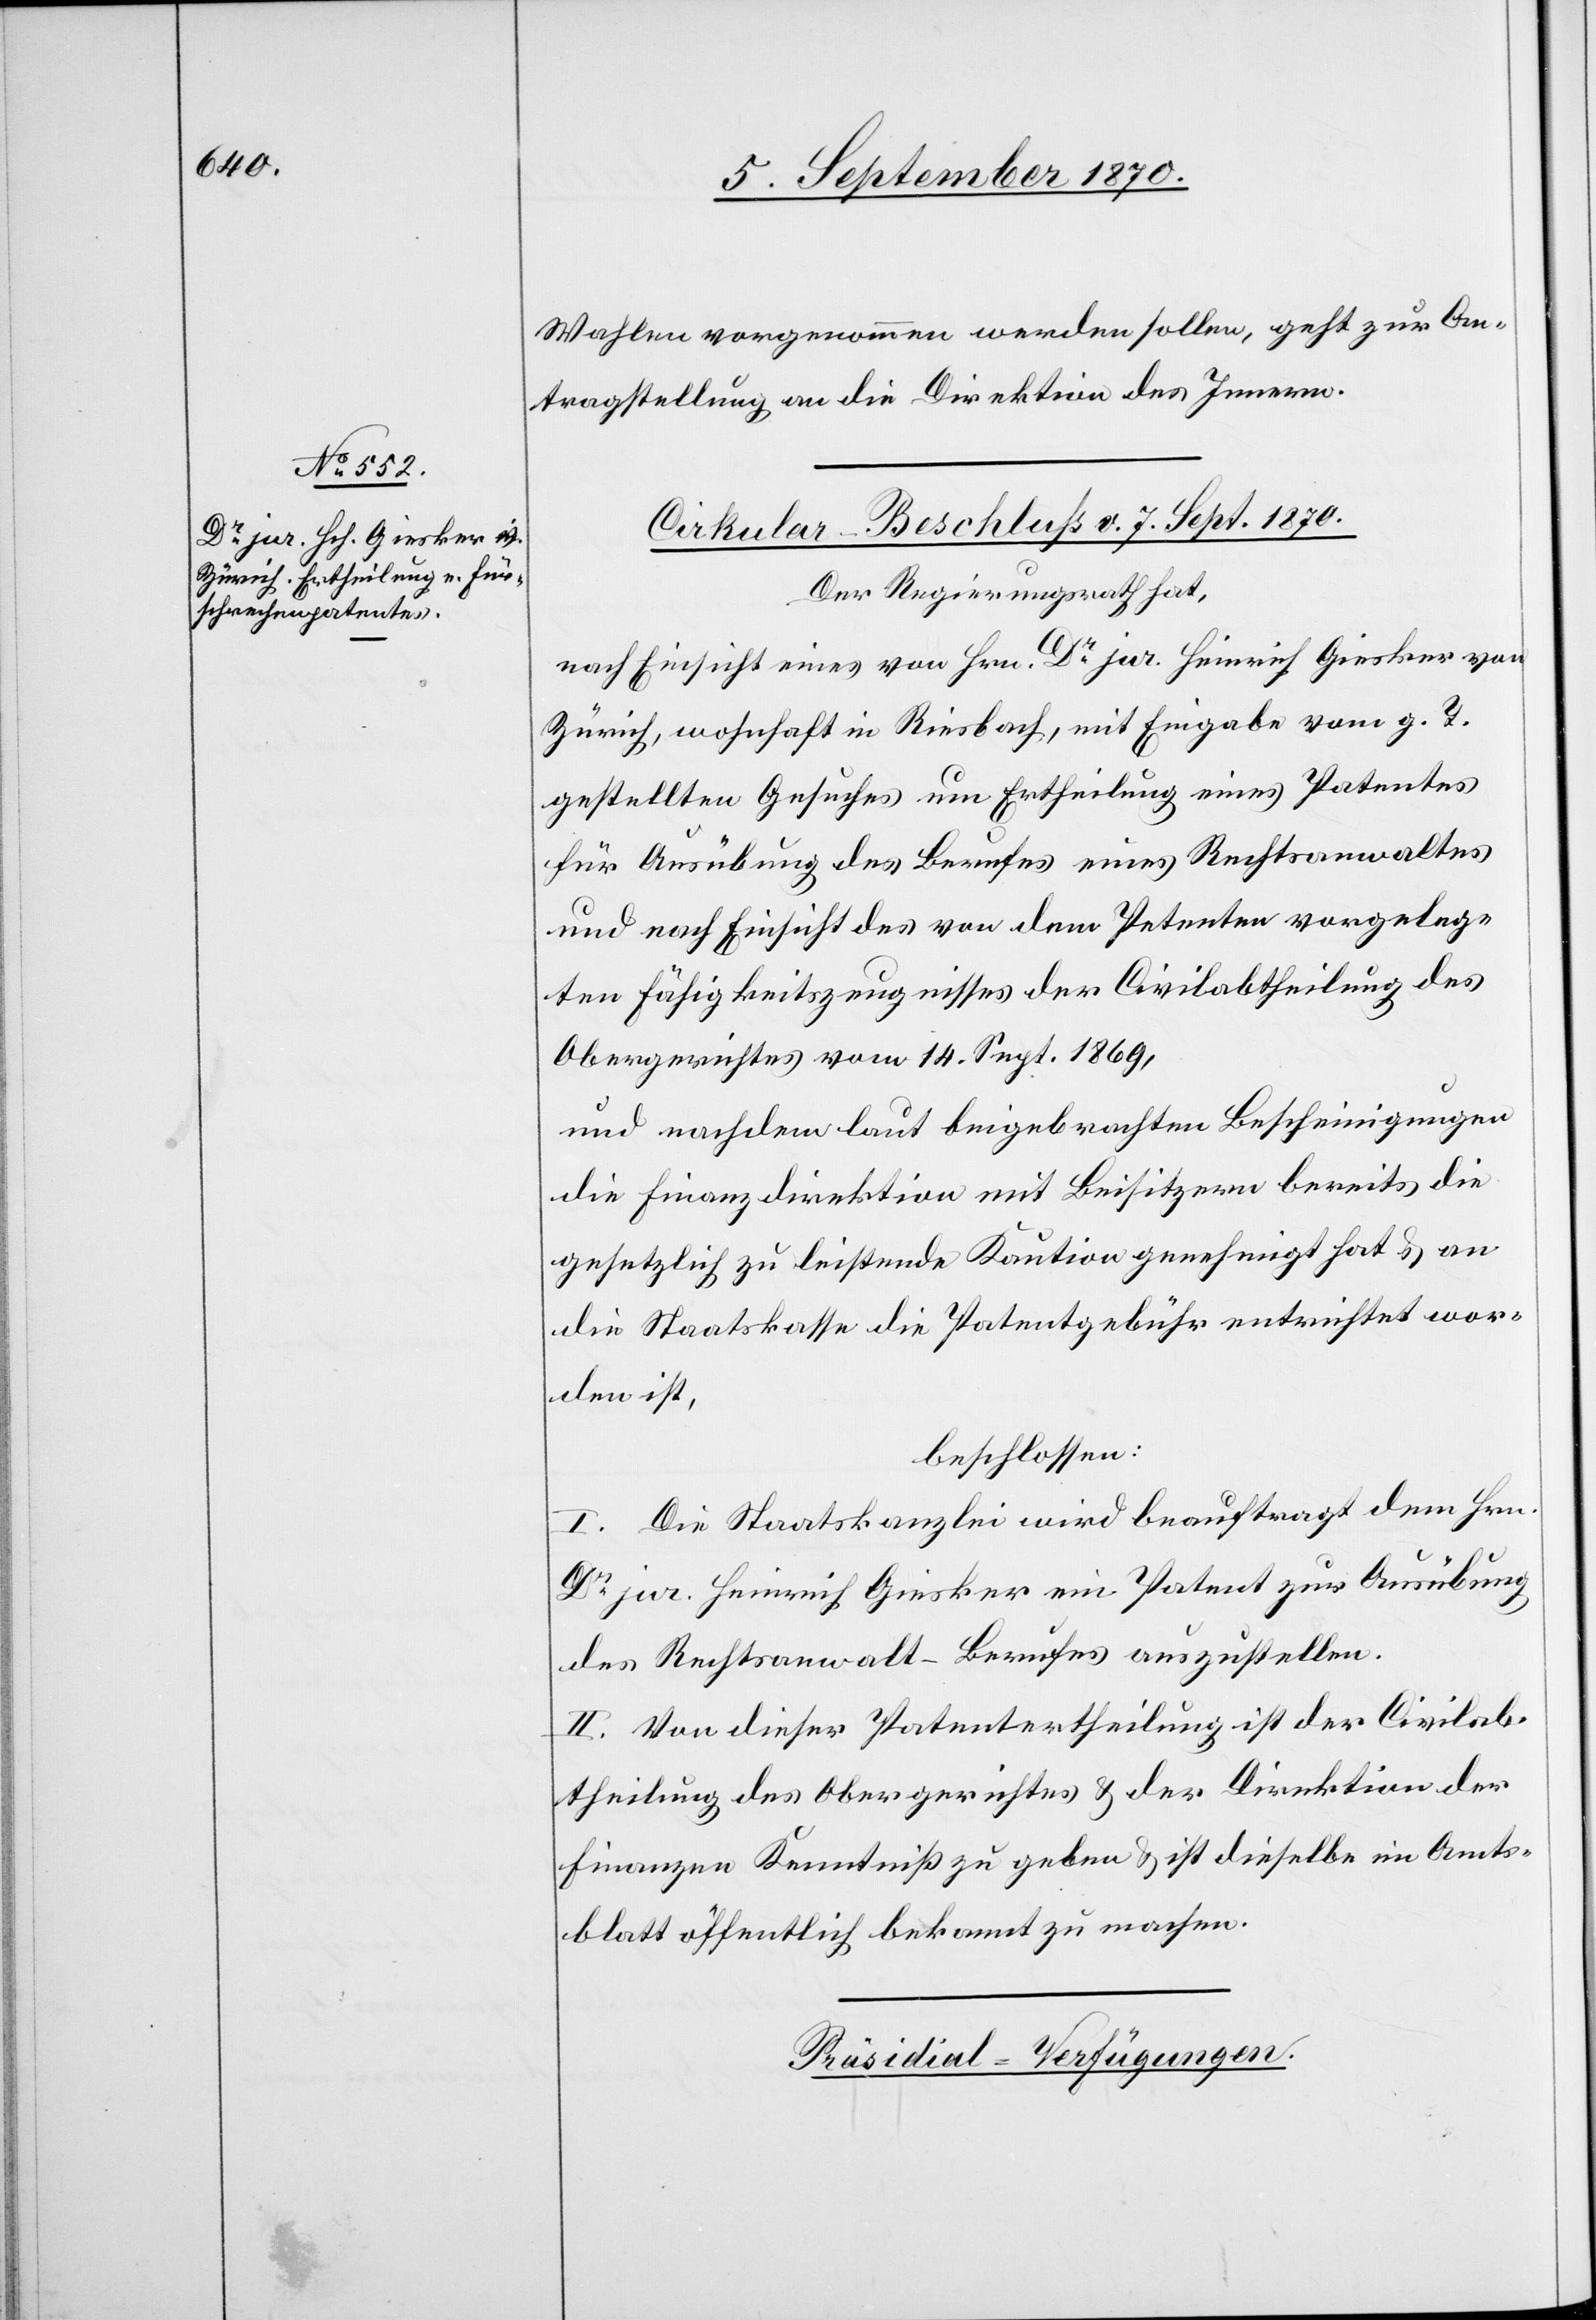
Wahlen vorgenommen werden sollen, geht zur An¬
tragstellung an die Direktion des Innern.
Cirkular-Beschluss v. 7. Sept. 1870.
Der Regierungsrath hat,
nach Einsicht eines von Hrn. Dr jur. Heinrich Giesker von
Zürich, wohnhaft in Riesbach, mit Eingabe vom g. T.
gestellten Gesuches um Ertheilung eines Patentes
für Ausübung des Berufes eines Rechtsanwaltes
und nach Einsicht des von dem Petenten vorgeleg¬
ten Fähigkeitszeugnisses der Civilabtheilung des
Obergerichtes vom 14. Sept. 1869,
und nachdem laut beigebrachten Bescheinigungen
die Finanzdirektion mit Beisitzern bereits die
gesetzlich zu leistende Kaution genehmigt hat & an
die Staatskasse die Patentgebühr entrichtet wor¬
den ist,
beschlossen:
I. Die Staatskanzlei wird beauftragt dem Hrn.
Dr jur. Heinrich Giesker ein Patent zur Ausübung
des Rechtsanwalt-Berufes auszustellen.
II. Von dieser Patentertheilung ist der Civilab¬
theilung des Obergerichtes & der Direktion der
Finanzen Kenntniß zu geben & ist dieselbe im Amts¬
blatt öffentlich bekannt zu machen.
Präsidial-Verfügungen.